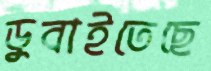
ডুবাইতেছে